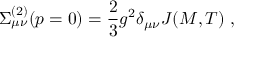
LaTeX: \Sigma _ { \mu \nu } ^ { ( 2 ) } ( p = 0 ) = \frac { 2 } { 3 } g ^ { 2 } \delta _ { \mu \nu } J ( M , T ) \; ,